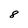
Character: 8